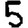
Digit: 5